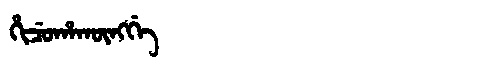
Manchu: ᡥᡳᠴᡠᡥᠠᡴᡡᠩᡤᡝ
Romanization: HICUHAKŪNGGE